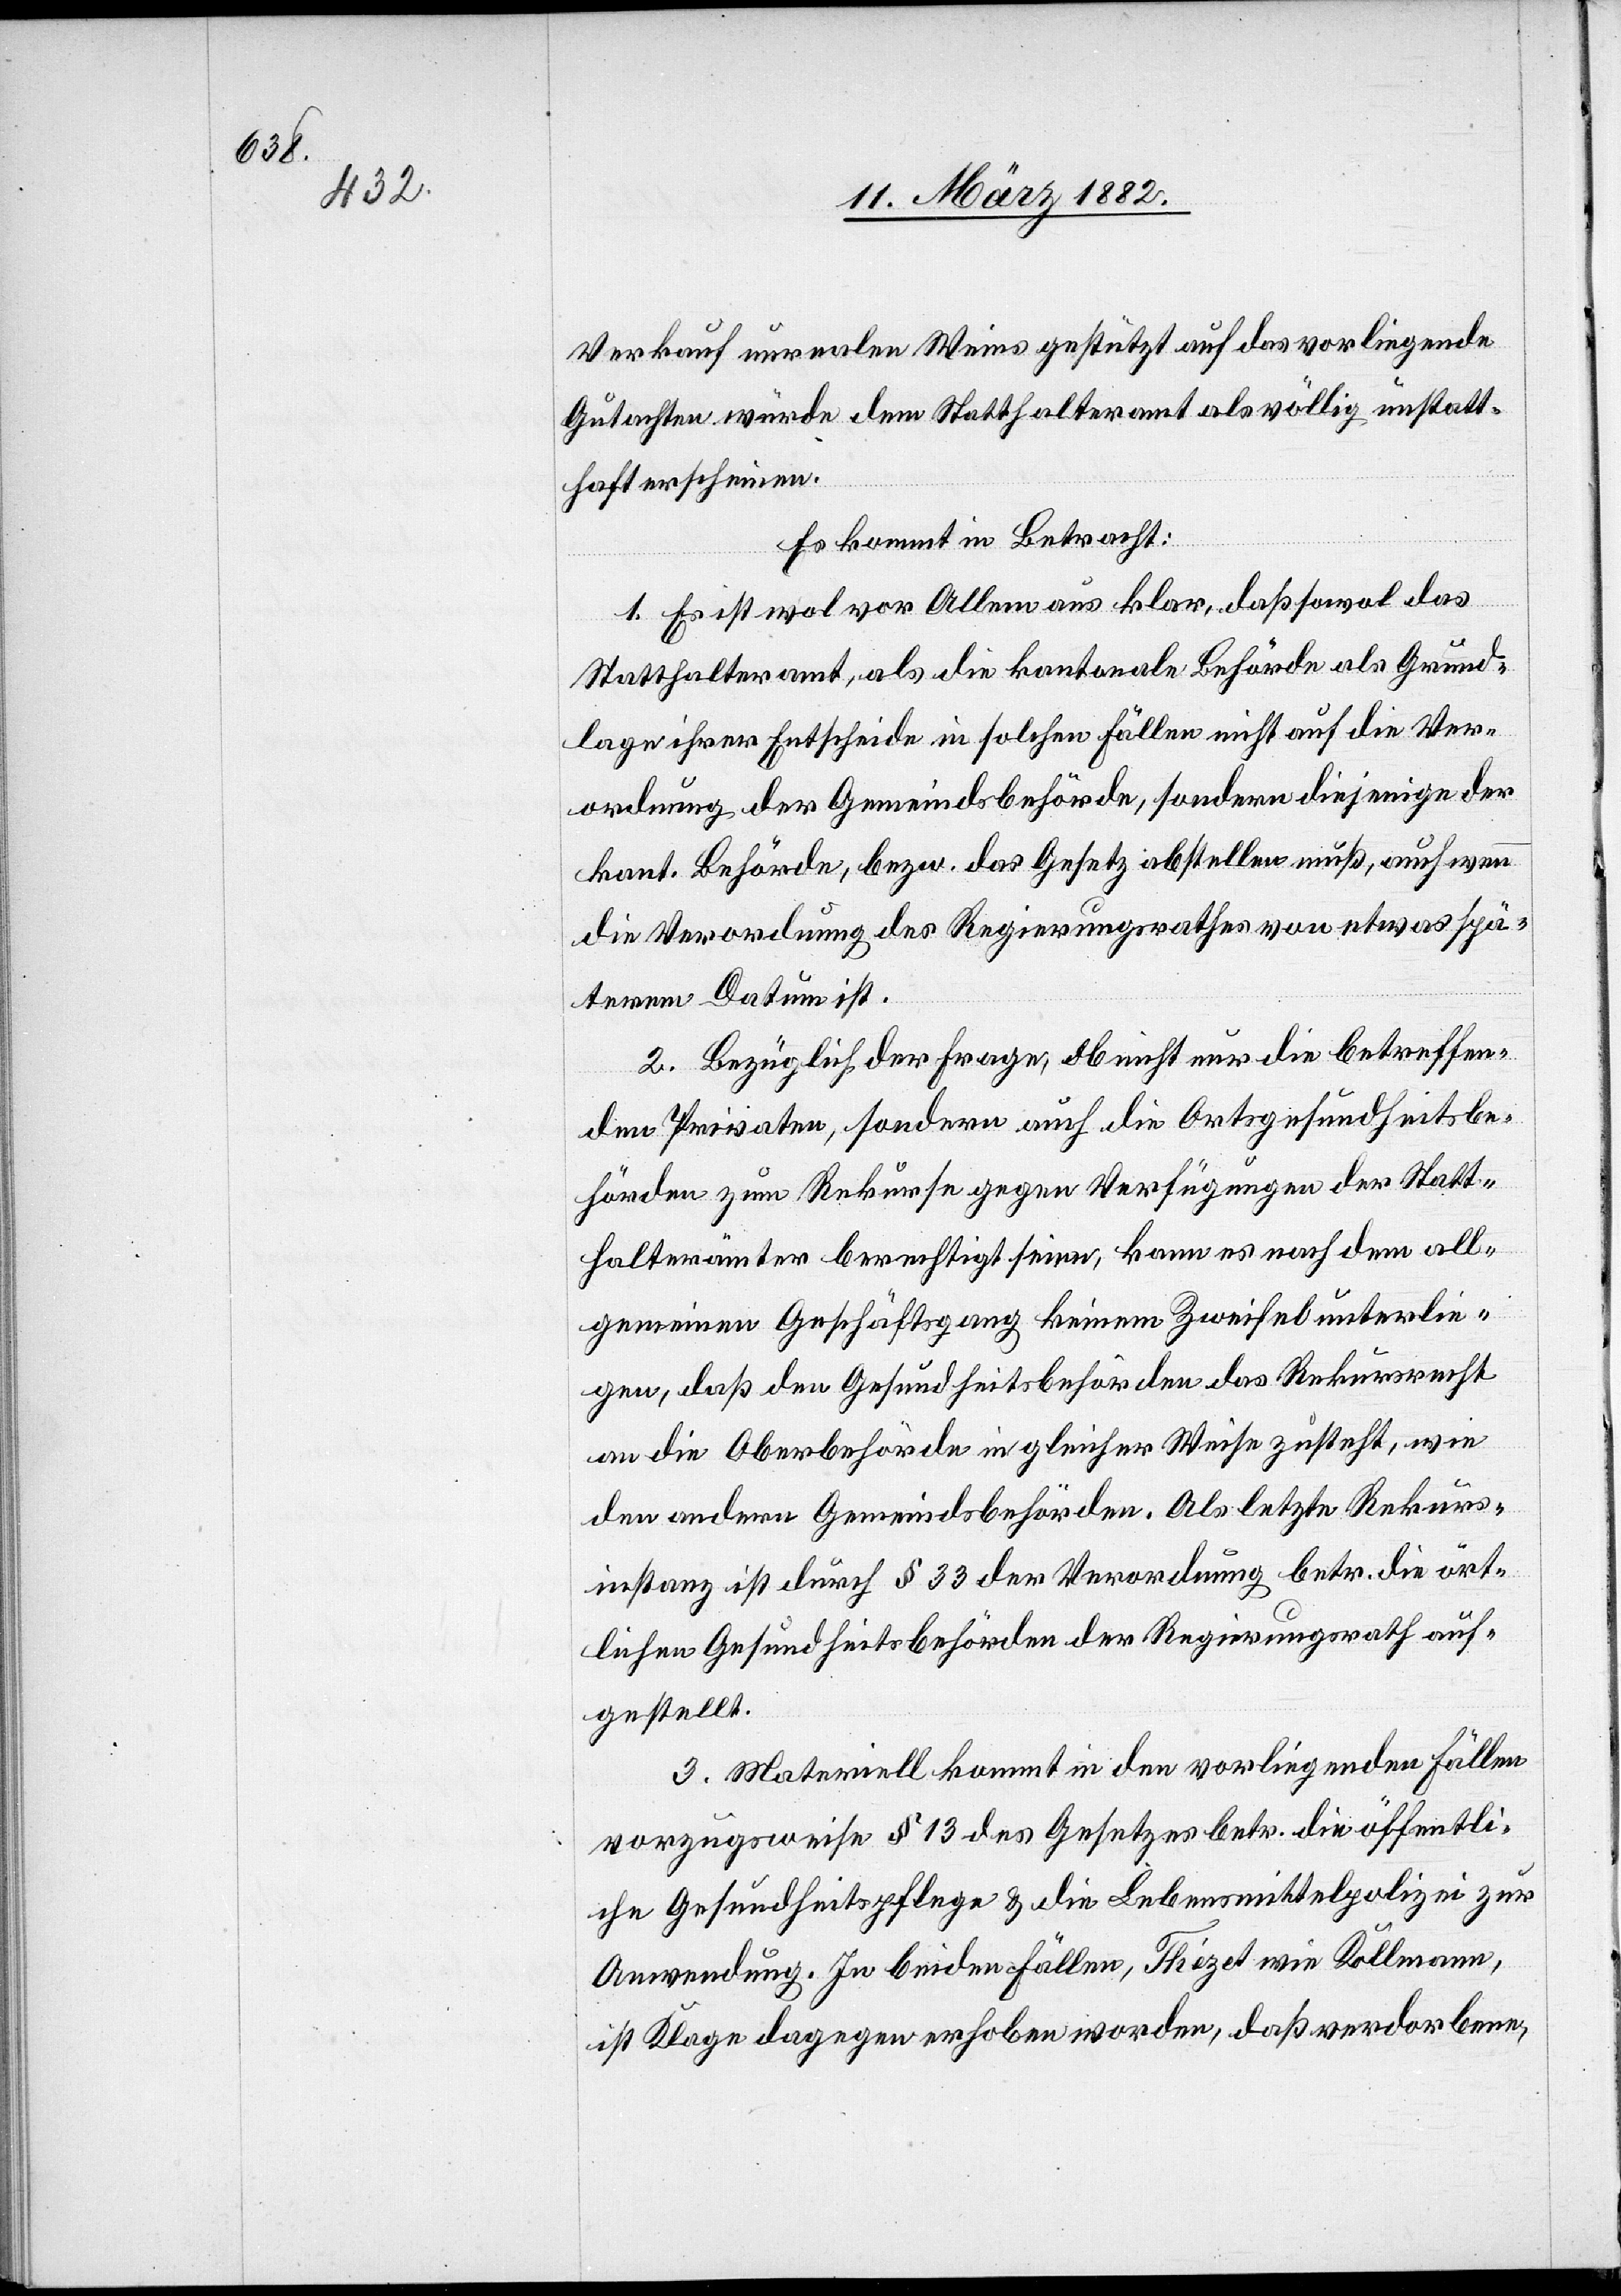
Verkauf unrealen Weines gestützt auf das vorliegende
Gutachten würde dem Statthalteramt als völlig unstatt¬
haft erscheinen.
Es kommt in Betracht:
1. Es ist wol vor Allem aus klar, daß sowol das
Statthalteramt, als die kantonale Behörde als Grund¬
lage ihrer Entscheide in solchen Fällen nicht auf die Ver¬
ordnung der Gemeindsbehörde, sondern diejenigen der
kant. Behörde, bezw. das Gesetz abstellen muß, auch wenn
die Verordnung des Regierungsrathes von etwas spä¬
teren Datum ist.
2. Bezüglich der Frage, ob nicht nur die betreffen¬
den Privaten, sondern auch die Ortsgesundheitsbe¬
hörden zum Rekurse gegen Verfügungen der Statt¬
halterämter berechtigt seien, kann es nach dem all¬
gemeinen Geschäftsgang keinen Zweifel unterlie¬
gen, daß den Gesundheitsbehörden das Rekursrecht
an die Oberbehörden in gleicher Weise zusteht, wie
den andern Gemeindsbehörden. Als letzte Rekurs¬
instanz ist durch § 33 der Verordnung betr. die ört¬
lichen Gesundheitsbehörden der Regierungsrath auf¬
gestellt.
3. Materiell kommt in den vorliegenden Fällen
vorzugsweise § 13 des Gesetzes betr. die öffentli¬
che Gesundheitspflege & die Lebensmittelpolizei zur
Anwendung. In beiden Fällen, Thézet wie Kollmann,
ist Klage dagegen erhoben worden, daß verdorbene,